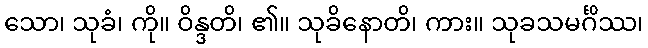
သော၊ သုခံ၊ ကို။ ဝိန္ဒတိ၊ ၏။ သုခိနောတိ၊ ကား။ သုခသမင်္ဂိဿ၊